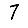
Digit: 7